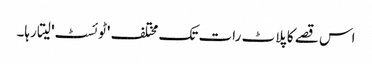
اس قصے کا پلاٹ رات تک مختلف 'ٹوئسٹ' لیتا رہا۔